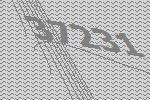
37231